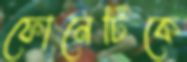
ফোনেটিকে